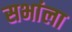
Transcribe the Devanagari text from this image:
सभांला